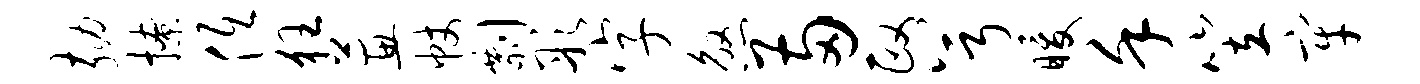
劾撩低狂蕙帐剽彤字煞两政兮暖堇笠牢